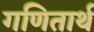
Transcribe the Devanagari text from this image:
गणितार्थ